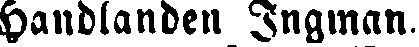
Handlanden Ingman